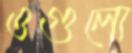
ওগুলো